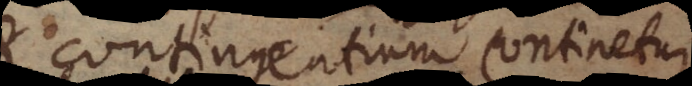
contingentium continetur,